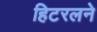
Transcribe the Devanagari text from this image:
हिटरलने